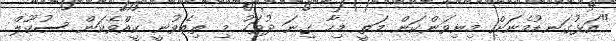
"އަޅުގަނޑުމެނަށް މިނިވަންކަން މަތީ މިހާ ގިނަ ދުވަހު މި ތިބެވުނީ ކީއްވެކަން ސުކޫލް